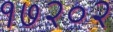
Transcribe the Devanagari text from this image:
१७२०२